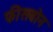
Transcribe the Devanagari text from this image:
फीसबोन